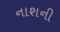
નાશની